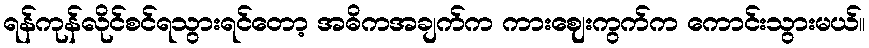
ရန်ကုန်လိုင်စင်ရသွားရင်တော့ အဓိကအချက်က ကားဈေးကွက်က ကောင်းသွားမယ်။